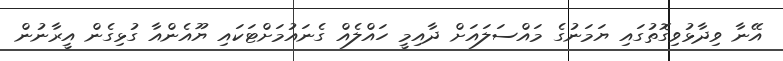
އޭނާ ވިދާޅުވިގޮތުގައި ޔަމަނުގެ މައްސަލައަށް ދާއިމީ ހައްލެއް ގެނައުމަށްޓަކައި ޔޫއެންއާ ގުޅިގެން އީރާނުން